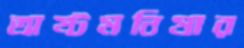
অষ্টমনিষার